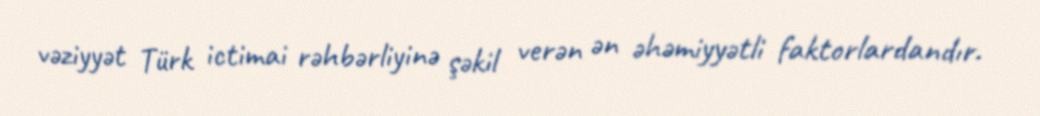
vəziyyət Türk ictimai rəhbərliyinə şəkil verən ən əhəmiyyətli faktorlardandır.